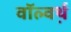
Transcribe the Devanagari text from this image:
वॉल्वर्थ़